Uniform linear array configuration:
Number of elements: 32
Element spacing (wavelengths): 0.75
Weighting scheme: hann
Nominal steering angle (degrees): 45
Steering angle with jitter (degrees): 45.385
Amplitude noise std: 0.05
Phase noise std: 0.05

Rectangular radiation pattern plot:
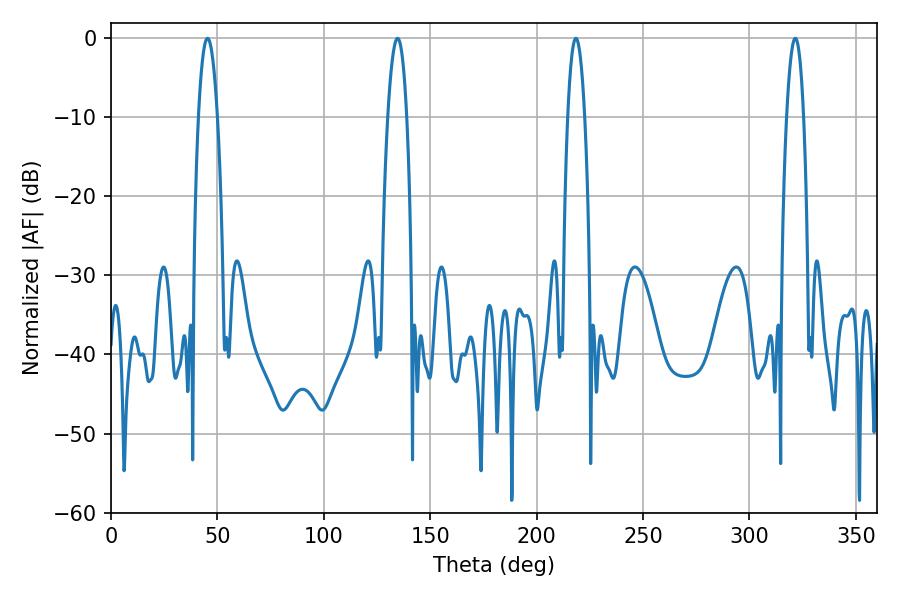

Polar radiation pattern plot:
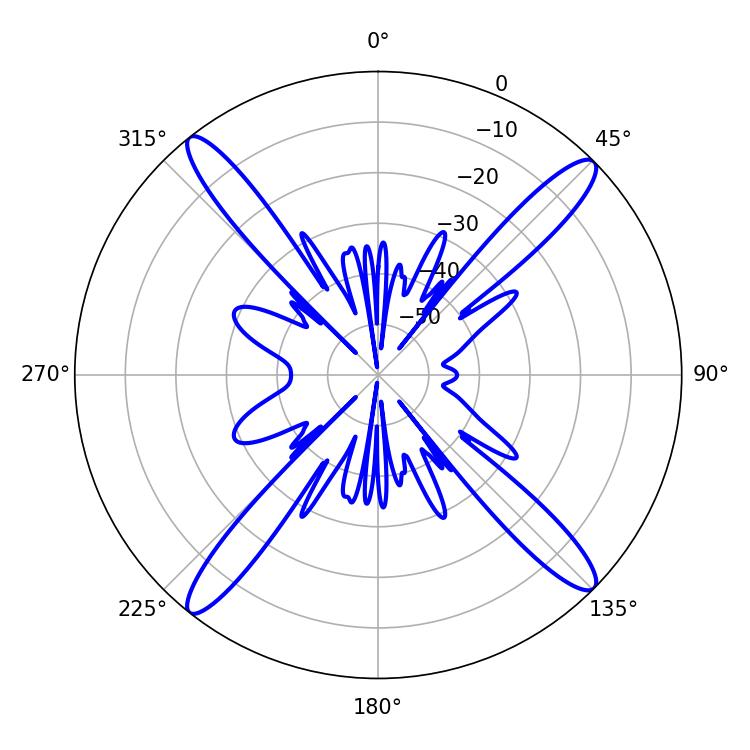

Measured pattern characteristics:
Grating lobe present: TRUE
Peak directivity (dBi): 18.472
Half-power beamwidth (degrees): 4.86
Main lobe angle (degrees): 45.36